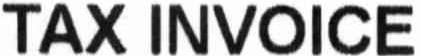
TAX INVOICE